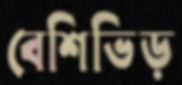
বেশিভিড়